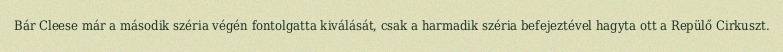
Bár Cleese már a második széria végén fontolgatta kiválását, csak a harmadik széria befejeztével hagyta ott a Repülő Cirkuszt.